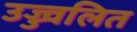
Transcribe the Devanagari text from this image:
उज्ज्वलित